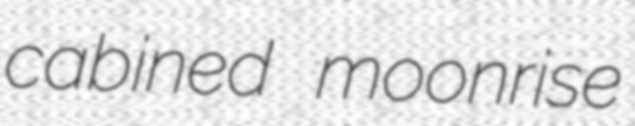
cabined moonrise